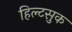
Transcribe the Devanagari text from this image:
हिल्टसुक